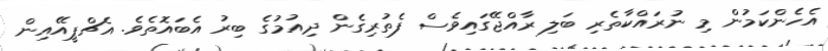
އެހެންކަމުން މި ނުރައްކާތެރި ބަލި ރާއްޖޭގައިވެސް ފެތުރިގެން ދިއުމުގެ ބިރު އެބައޮތެވެ. އެޗްޕީއޭއިން